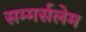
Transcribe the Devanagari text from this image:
सम्मर्सलेम